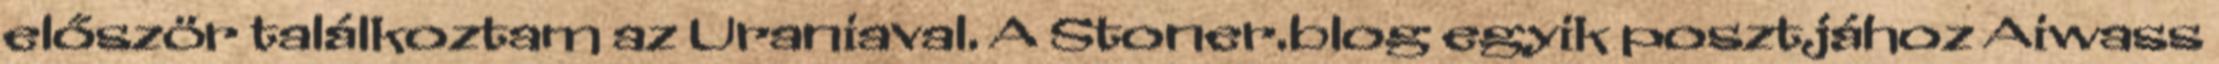
először találkoztam az Uraniaval. A Stoner.blog egyik posztjához Aiwass